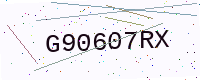
Text: G90607RX